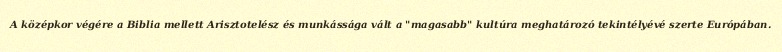
A középkor végére a Biblia mellett Arisztotelész és munkássága vált a "magasabb" kultúra meghatározó tekintélyévé szerte Európában.